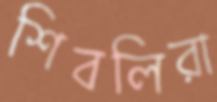
শিবলিরা